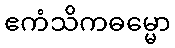
ဧကံသိကဓမ္မော